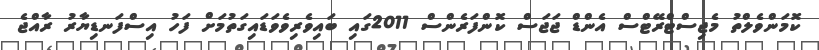
ކޮމަންވެލްތު މެޖިސްޓްރޭޓްސް އެންޑް ޖަޖަސް ކޮންފަރެންސް 2011ގައި ބައިވެރިވެވަޑައިގަތުމަށް ފަހު އިސްފަނޑިޔާރު ރާއްޖެ